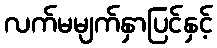
လက်မမျက်နှာပြင်နှင့်